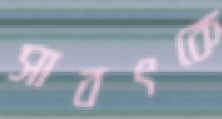
সাবৎকে